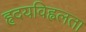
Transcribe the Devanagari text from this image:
हृदयविह्वलता